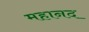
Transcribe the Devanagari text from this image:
महानद